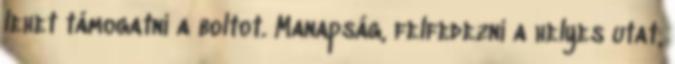
lehet támogatni a boltot. Manapság, felfedezni a helyes utat,